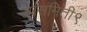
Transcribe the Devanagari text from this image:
उपसमिती९